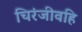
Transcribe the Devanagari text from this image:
चिरंजीवहि